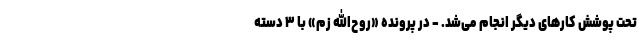
تحت پوشش کارهای دیگر انجام می‌شد. - در پرونده «روح‌الله زم» با ۳ دسته